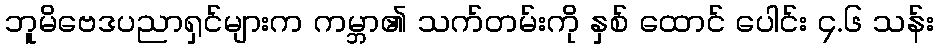
ဘူမိဗေဒပညာရှင်များက ကမ္ဘာ၏ သက်တမ်းကို နှစ် ထောင် ပေါင်း ၄.၆ သန်း